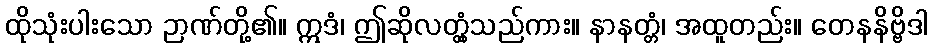
ထိုသုံးပါးသော ဉာဏ်တို့၏။ ဣဒံ၊ ဤဆိုလတ္တံ့သည်ကား။ နာနတ္တံ၊ အထူတည်း။ တေနနိဗ္ဗိဒါ